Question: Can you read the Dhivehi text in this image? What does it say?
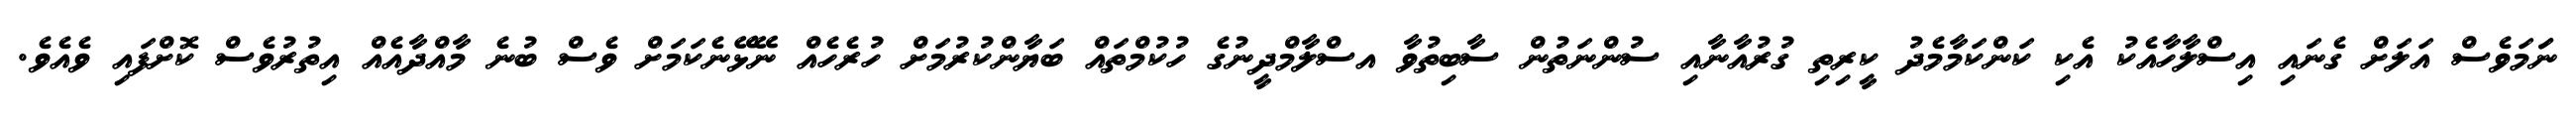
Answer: ނަަމަވެސް އަލަށް ގެނައި އިސްލާހާއެކު އެކި ކަންކަމާމެދު ކީރިތި ގުރުއާނާއި ސުންނަތުން ސާބިތުވާ އސްލާމްދީނުގެ ހުކުމްތައް ބަޔާންކުރުމަށް ހުރެހެއް ނޭޅޭނެކަމަށް ވެސް ބުނެ މާއްދާއެއް އިތުރުވެސް ކޮށްފައި ވެއެވެ.